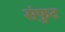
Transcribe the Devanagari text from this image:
संफुट